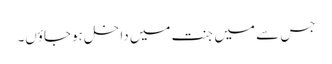
جس سے میں جنت میں داخل ہوجاؤں۔